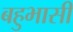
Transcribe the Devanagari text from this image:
बहुभासी